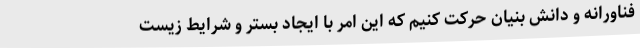
فناورانه و دانش بنیان حرکت کنیم که این امر با ایجاد بستر و شرایط زیست